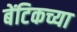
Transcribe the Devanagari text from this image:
बेंटिकच्या